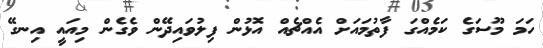
ހަމަ މޫސަގެ ކަމެއްގަ ފާތުމައަށް އެއްޗެއް އޮޅުން ފިލުވައިދޭން ވެގެން މިއައީ އިނގޭ